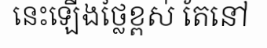
នេះឡើងថ្លៃខ្ពស់ តែនៅ